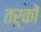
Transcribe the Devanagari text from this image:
तर्काें